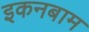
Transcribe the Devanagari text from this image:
इकनबाम